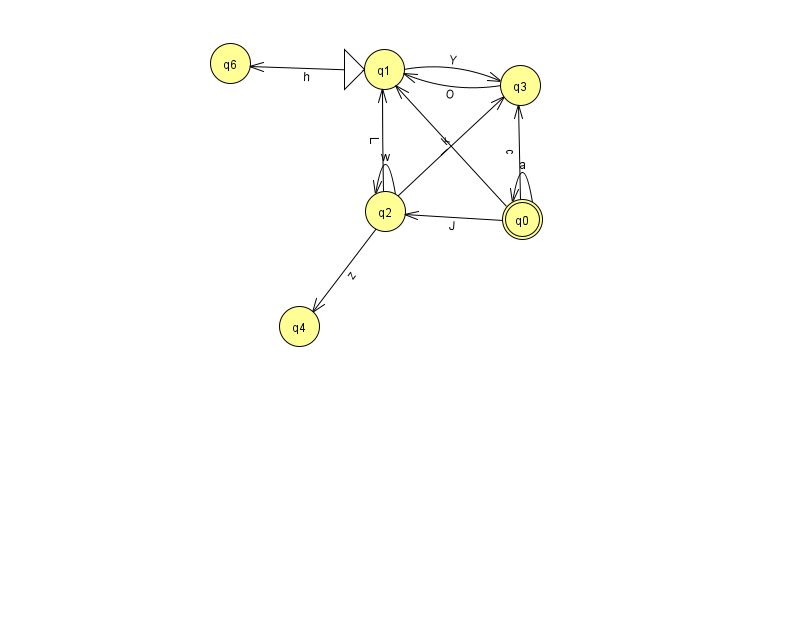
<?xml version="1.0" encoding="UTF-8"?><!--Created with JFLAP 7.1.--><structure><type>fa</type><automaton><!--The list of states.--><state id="0" name="q0"><x>522.0</x><y>206.0</y><final/></state><state id="1" name="q1"><x>384.0</x><y>56.0</y><initial/></state><state id="2" name="q2"><x>385.0</x><y>198.0</y></state><state id="3" name="q3"><x>520.0</x><y>72.0</y></state><state id="4" name="q4"><x>299.0</x><y>313.0</y></state><state id="6" name="q6"><x>230.0</x><y>50.0</y></state><!--The list of transitions.--><transition><from>0</from><to>0</to><read>a</read></transition><transition><from>0</from><to>2</to><read>J</read></transition><transition><from>0</from><to>1</to><read>I</read></transition><transition><from>2</from><to>2</to><read>w</read></transition><transition><from>2</from><to>4</to><read>z</read></transition><transition><from>3</from><to>1</to><read>O</read></transition><transition><from>2</from><to>1</to><read>L</read></transition><transition><from>0</from><to>3</to><read>c</read></transition><transition><from>2</from><to>3</to><read>k</read></transition><transition><from>1</from><to>6</to><read>h</read></transition><transition><from>1</from><to>3</to><read>Y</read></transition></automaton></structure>